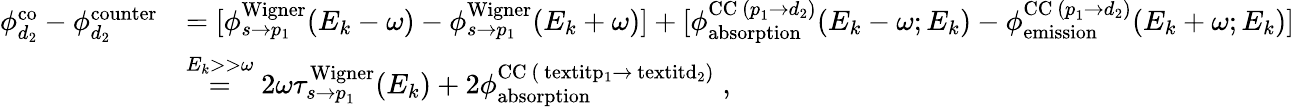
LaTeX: \begin{array}{rl}{\phi_{d_{2}}^{\mathrm{{co}}}-\phi_{d_{2}}^{\mathrm{counter}}}&{=[\phi_{s\rightarrow p_{1}}^{\mathrm{{Wigner}}}(E_{k}-\omega)-\phi_{s\rightarrow p_{1}}^{\mathrm{Wigner}}(E_{k}+\omega)]+[\phi_{\mathrm{{absorption}}}^{\mathrm{CC}~(\textit{p}_{1}\rightarrow\textit{d}_{2})}(E_{k}-\omega;E_{k})-\phi_{\mathrm{{emission}}}^{\mathrm{CC}~(\textit{p}_{1}\rightarrow\textit{d}_{2})}(E_{k}+\omega;E_{k})]}\\ &{\overset{E_{k}>>\omega}{=}2\omega\tau_{s\rightarrow\textit{p}_{1}}^{\mathrm{{Wigner}}}(E_{k})+2\phi_{\mathrm{absorption}}^{\mathrm{{CC}~(\ textit{p}_{1}\rightarrow\ textit{d}_{2})}}\; ,}\end{array}